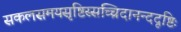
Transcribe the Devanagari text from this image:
सकलसमयसृष्टिस्सच्चिदानन्ददृष्टिः